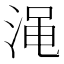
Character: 渑